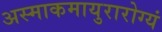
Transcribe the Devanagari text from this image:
अस्माकमायुरारोग्यं